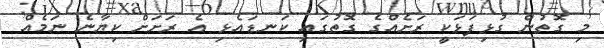
މި ގޮތުން ގުޅިފަޅަކީ ރަށެއްގެ ގޮތުގައި ކަނޑައެޅި އެ ރަށަށް ކިޔާނެ ނަމެއް